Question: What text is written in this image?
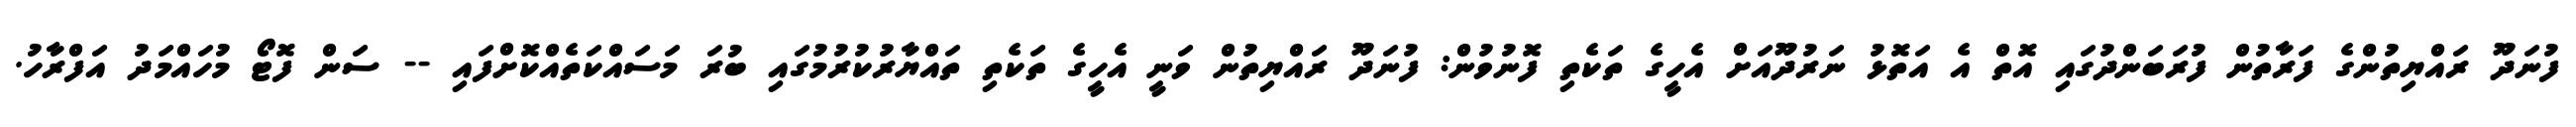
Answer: ފުނަދޫ ރައްޔިތުންގެ ފަރާތުން ފުރަބަންދުގައި އޮތް އެ އަތޮޅު ނަރުދޫއަށް އެހީގެ ތަކެތި ފޮނުވުން: ފުނަދޫ ރައްޔިތުން ވަނީ އެހީގެ ތަކެތި ތައްޔާރުކުރުމުގައި ބުރަ މަސައްކަތެއްކޮށްފައި -- ސަން ފޮޓޯ މުހައްމަދު އަފްރާހު.